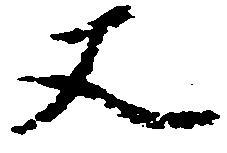
又